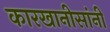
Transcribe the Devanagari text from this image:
कारखानीसांनी